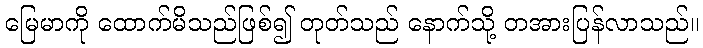
မြေမာကို ထောက်မိသည်ဖြစ်၍ တုတ်သည် နောက်သို့ တအားပြန်လာသည်။